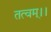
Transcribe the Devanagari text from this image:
तत्वम्।।